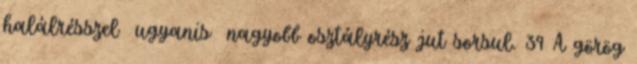
halálrésszel ugyanis nagyobb osztályrész jut sorsul. 39 A görög